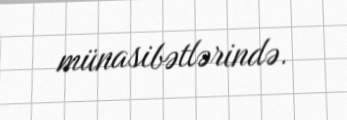
münasibətlərində.